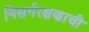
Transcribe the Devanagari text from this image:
निसर्गरक्षणाची